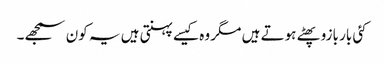
کئی بار بازو پھٹے ہوتے ہیں مگر وہ کیسے پہنتی ہیں یہ کون سمجھے۔